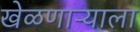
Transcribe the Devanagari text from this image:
खेळणाऱ्याला